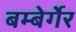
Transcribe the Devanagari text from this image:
बम्बेर्गेर